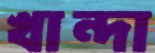
খান্দা